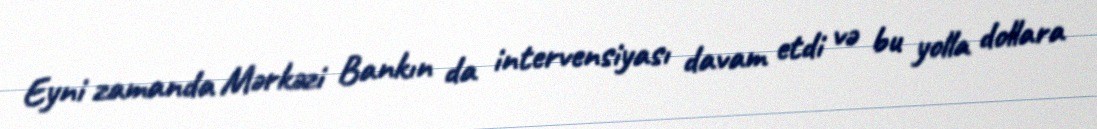
Eyni zamanda Mərkəzi Bankın da intervensiyası davam etdi və bu yolla dollara